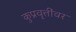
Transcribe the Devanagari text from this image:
कुप्रवृत्तींवर